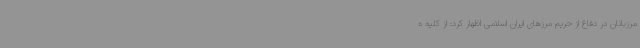
مرزبانان در دفاع از حریم مرزهای ایران اسلامی اظهار کرد: از کلیه ه